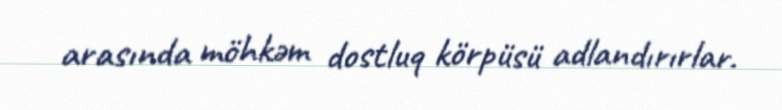
arasında möhkəm dostluq körpüsü adlandırırlar.